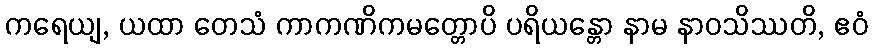
ကရေယျ, ယထာ တေသံ ကာကဏိကမတ္တောပိ ပရိယန္တော နာမ နာဝသိဿတိ, ဧဝံ